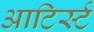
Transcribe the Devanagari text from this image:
आटिर्स्ट